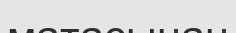
матасынан